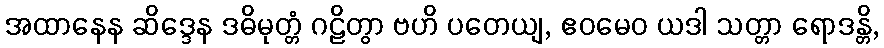
အထာနေန ဆိဒ္ဒေန ဒဓိမုတ္တံ ဂဠိတွာ ဗဟိ ပတေယျ, ဧဝမေဝ ယဒါ သတ္တာ ရောဒန္တိ,